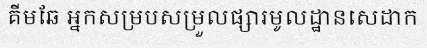
គីមឆែ អ្នកសម្របសម្រួលផ្សារមូលដ្ឋានសេដាក